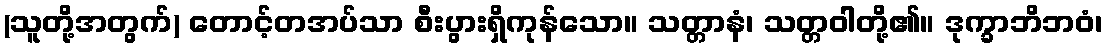
(သူတို့အတွက်) တောင့်တအပ်သာ စီးပွားရှိကုန်သော။ သတ္တာနံ၊ သတ္တဝါတို့၏။ ဒုက္ခာဘိဘဝံ၊